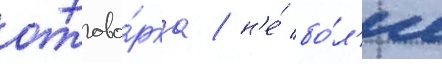
отгово́рка / н'е́ бо́л'ее